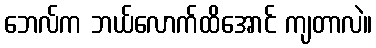
ဘေလ်က ဘယ်လောက်ထိအောင် ကျတာလဲ။